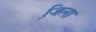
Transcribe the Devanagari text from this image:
जि़ला